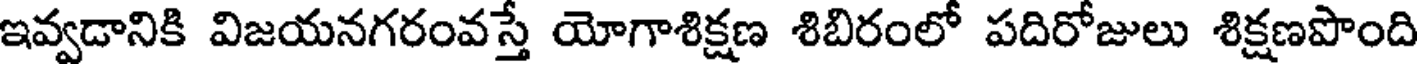
ఇవ్వడానికి విజయనగరంవస్తే యోగాశిక్షణ శిబిరంలో పదిరోజులు శిక్షణపొంది